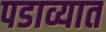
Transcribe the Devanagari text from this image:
पडाव्यात